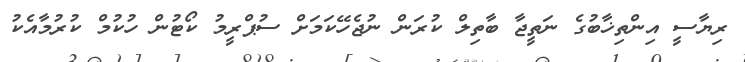
ރިޔާސީ އިންތިޚާބުގެ ނަތީޖާ ބާތިލް ކުރަން ނުޖެހޭކަމަށް ސުޕްރީމު ކޯޓުން ހުކުމް ކުރުމާއެކު